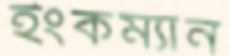
ইংকম্যান